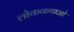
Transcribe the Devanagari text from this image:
लोककथाओ